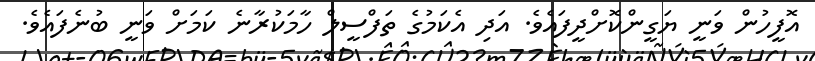
އޮފީހުން ވަނީ ޔަގީންކޮށްދީފައެވެ. އަދި އެކަމުގެ ތަފްސީލް ހާމަކުރާނެ ކަމަށް ވަނީ ބުނެފައެވެ.